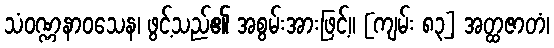
သံဝဏ္ဏနာဝသေန၊ ဖွင့်သည်၏ အစွမ်းအားဖြင့်။ [ကျမ်း ၈၃] အတ္ထဇာတံ၊